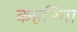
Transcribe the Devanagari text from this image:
कहनिया